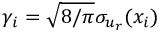
\gamma _ { i } = \sqrt { 8 / \pi } \sigma _ { u _ { r } } ( x _ { i } )